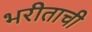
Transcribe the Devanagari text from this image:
भरीताची